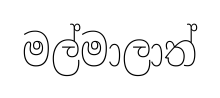
මල්මාලාත්